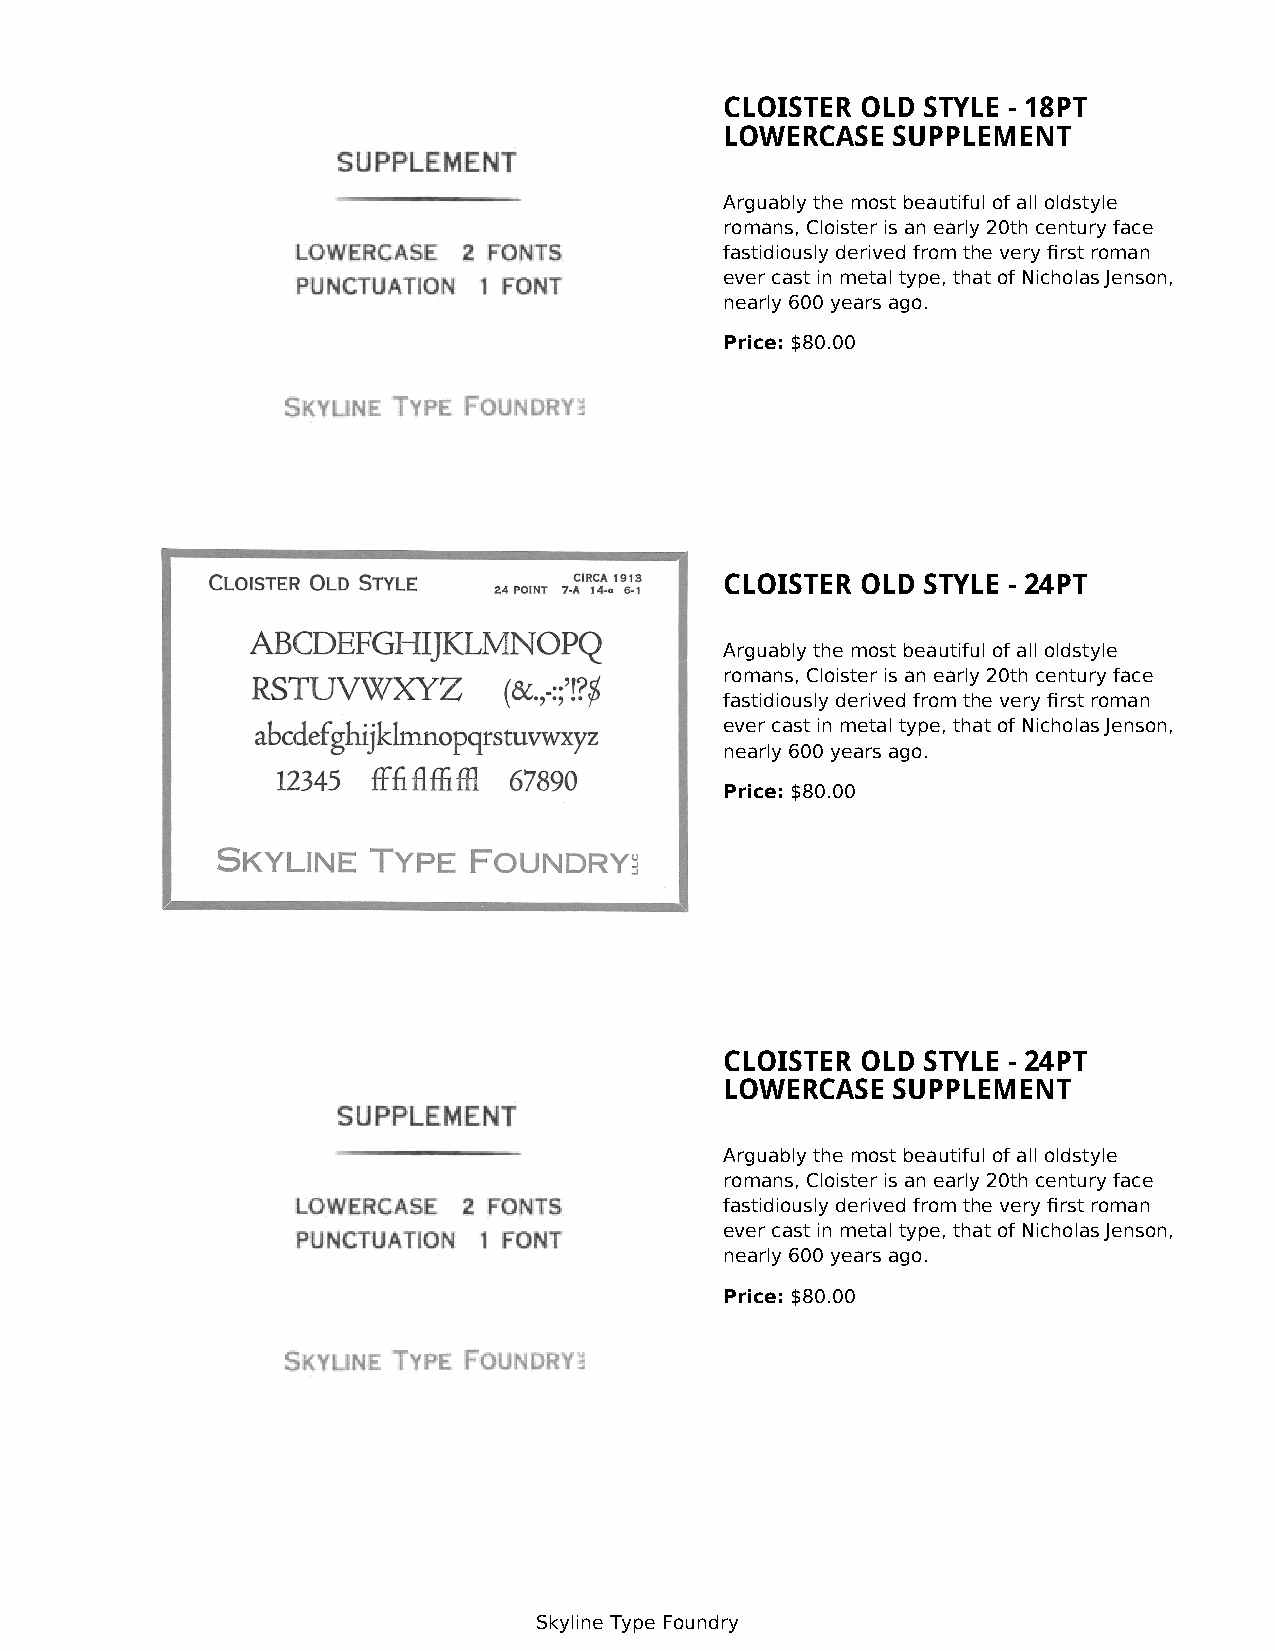
CLOISTER OLD STYLE - 18PT
 LOWERCASE  SUPPLEMENT
 Arguably the most beautiful of all oldstyle
 romans, Cloister is an early 20th century face
 fastidiously derived from the very first roman
 ever cast in metal type, that of Nicholas Jenson,
 nearly 600 years ago.
 Price: $80.00
 CLOISTER OLD STYLE - 24PT
 Arguably the most beautiful of all oldstyle
 romans, Cloister is an early 20th century face
 fastidiously derived from the very first roman
 ever cast in metal type, that of Nicholas Jenson,
 nearly 600 years ago.
 Price: $80.00
 CLOISTER OLD STYLE - 24PT
 LOWERCASE  SUPPLEMENT
 Arguably the most beautiful of all oldstyle
 romans, Cloister is an early 20th century face
 fastidiously derived from the very first roman
 ever cast in metal type, that of Nicholas Jenson,
 nearly 600 years ago.
 Price: $80.00
 Skyline Type Foundry